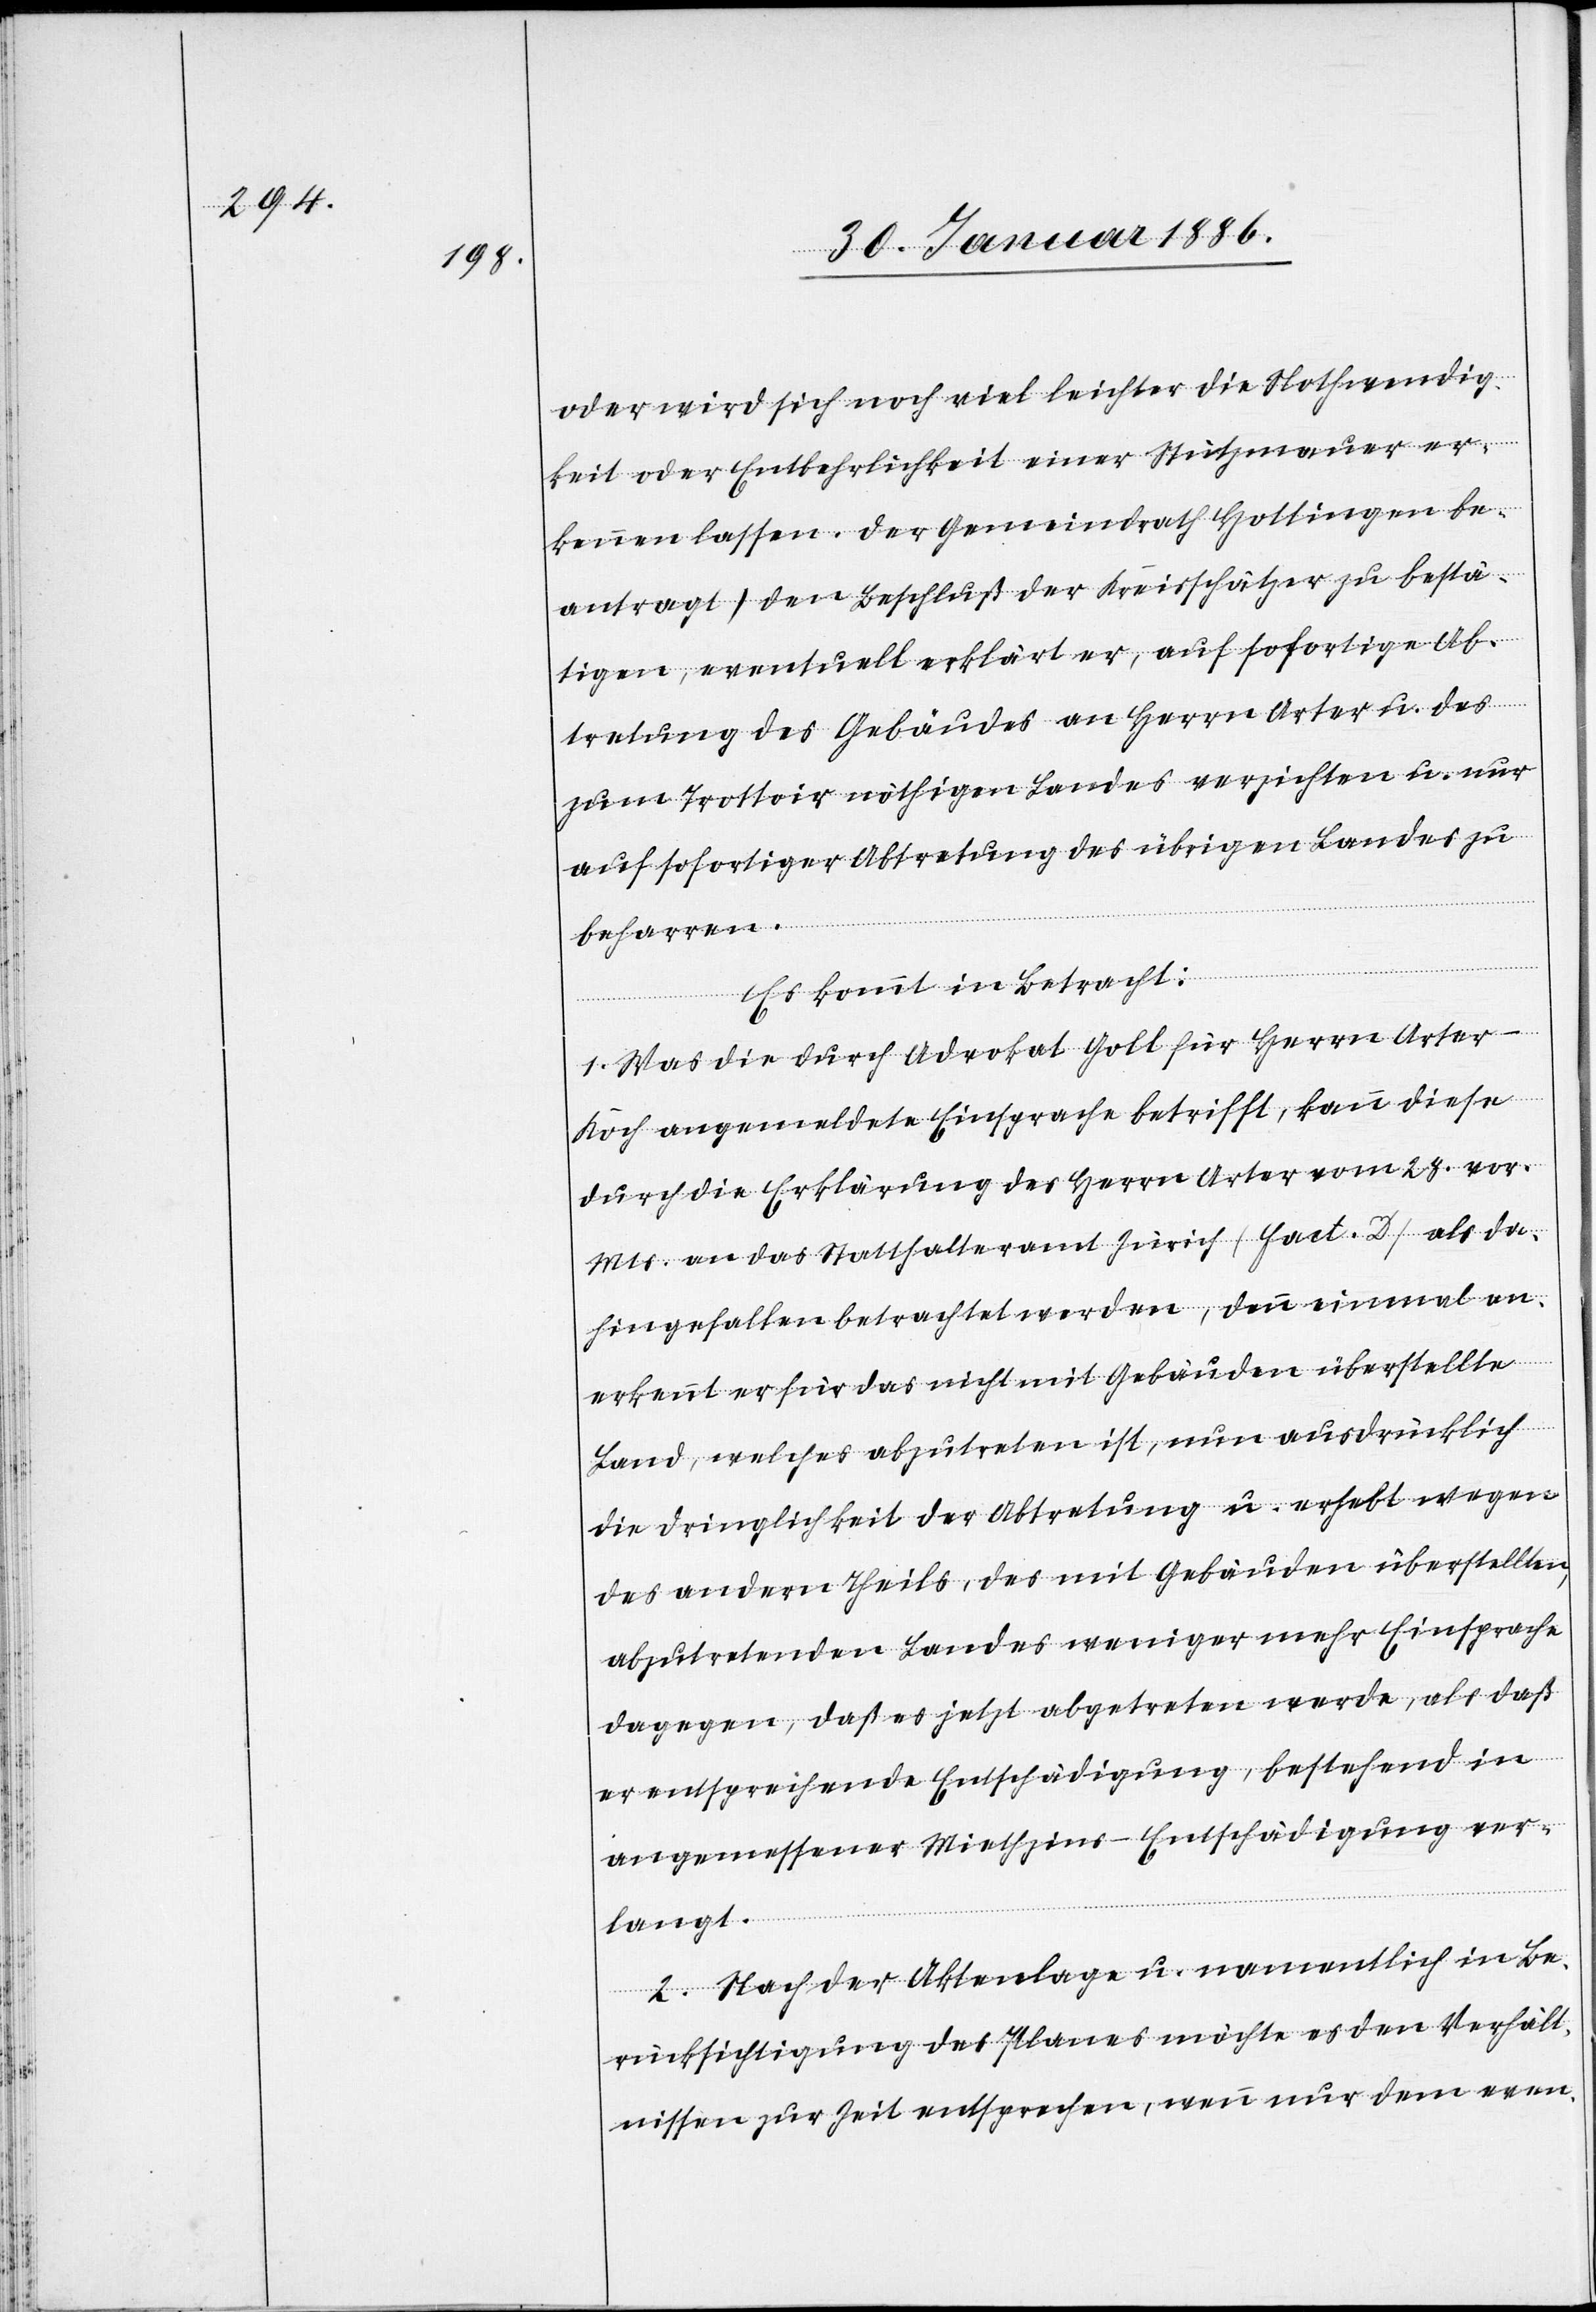
oder wird sich noch viel leichter die Nothwendig¬
keit oder Entbehrlichkeit einer Stützmauer er¬
kennen lassen. Der Gemeindrath Hottingen be¬
antragt, den Beschluß der Kreisschätzer zu bestä¬
tigen, eventuell erklärt er, auf sofortige Ab¬
tretung des Gebäudes an Herrn Arter u. das
zum Trottoir nöthigen Landes verzichten u. nur
auf sofortige Abtretung des übrigen Landes zu
beharren.
Er kommt in Betracht:
1. Was die durch Advokat Goll für Herrn Arter-K¬
och angemeldete Einsprache betrifft, kann diese
durch die Erklärung des Herrn Arter vom 28. vor.
Mts. an das Satthalteramt Zürich (Fact. D) als da¬
hingefallen betrachtet werden, denn einmal an¬
erkennt er für das nicht mit Gebäuden überstellte
Land, welches abzutreten ist, nun ausdrücklich
die Dringlichkeit der Abtretung u. erhebt wegen
des andern Theils, des mit Gebäuden überstellten,
abzutretenden Landes weniger mehr Einsprachen
dagegen, daß es jetzt abgetreten werde, als daß
er entsprechende Entschädigung, bestehend in
angemessener Miethzins-Entschädigung ver¬
langt.
2. Nach der Aktenlage u. namentlich in Be¬
rücksichtigung des Planes möchte es den Verhält¬
nissen zur Zeit entsprechen, wenn nur dem even-